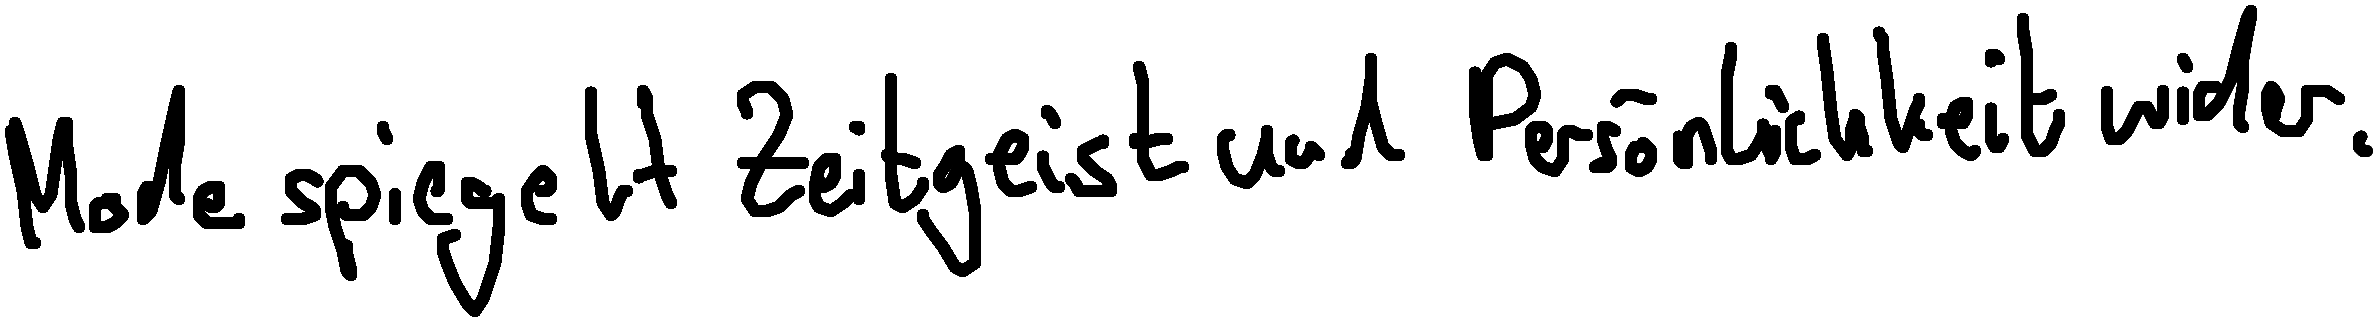
Mode spiegelt Zeitgeist und Persönlichkeit wider.